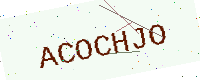
Text: ACOCHJO